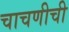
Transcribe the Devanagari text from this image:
चाचणीची